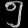
Digit: ၅